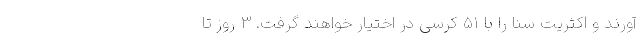
آورند و اکثریت سنا را با 51 کرسی در اختیار خواهند گرفت. 3 روز تا